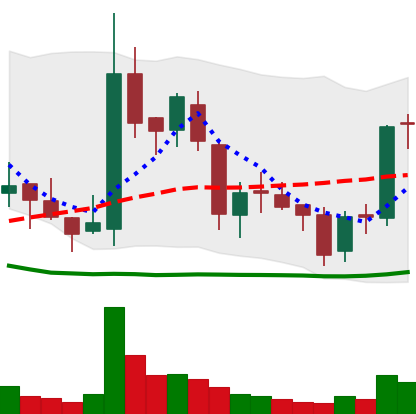
Ticker: BNB-USD
Chart end date: 2018-06-01
Forward return: 21.113%
Label: up_7plus